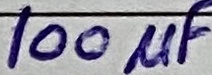
Text: 100µF